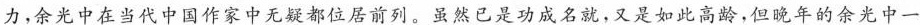
力，余光中在当代中国作家中无疑都位居前列，虽然已是功成名就，又是如此高龄，但晚年的余光中一